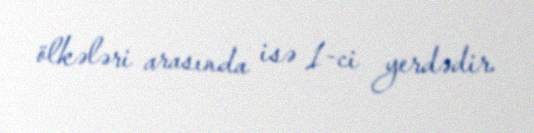
ölkələri arasında isə 1-ci yerdədir.